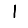
Digit: 1